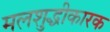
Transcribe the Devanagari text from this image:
मलशुद्धीकारक